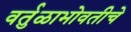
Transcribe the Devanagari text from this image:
वर्तुळाभोवतीचे